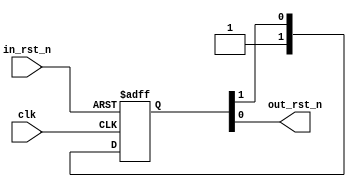
module zl_reset_sync
(
    input  clk,
    input  in_rst_n,
    output out_rst_n
);

reg [1:0] ff;

always @(posedge clk or negedge in_rst_n) begin
    if(!in_rst_n) begin
        ff[1] <= 1'b0;
        ff[0] <= 1'b0;
    end
    else begin
        ff[1] <= 1'b1;
        ff[0] <= ff[1];
    end
end

assign out_rst_n = ff[0];

endmodule